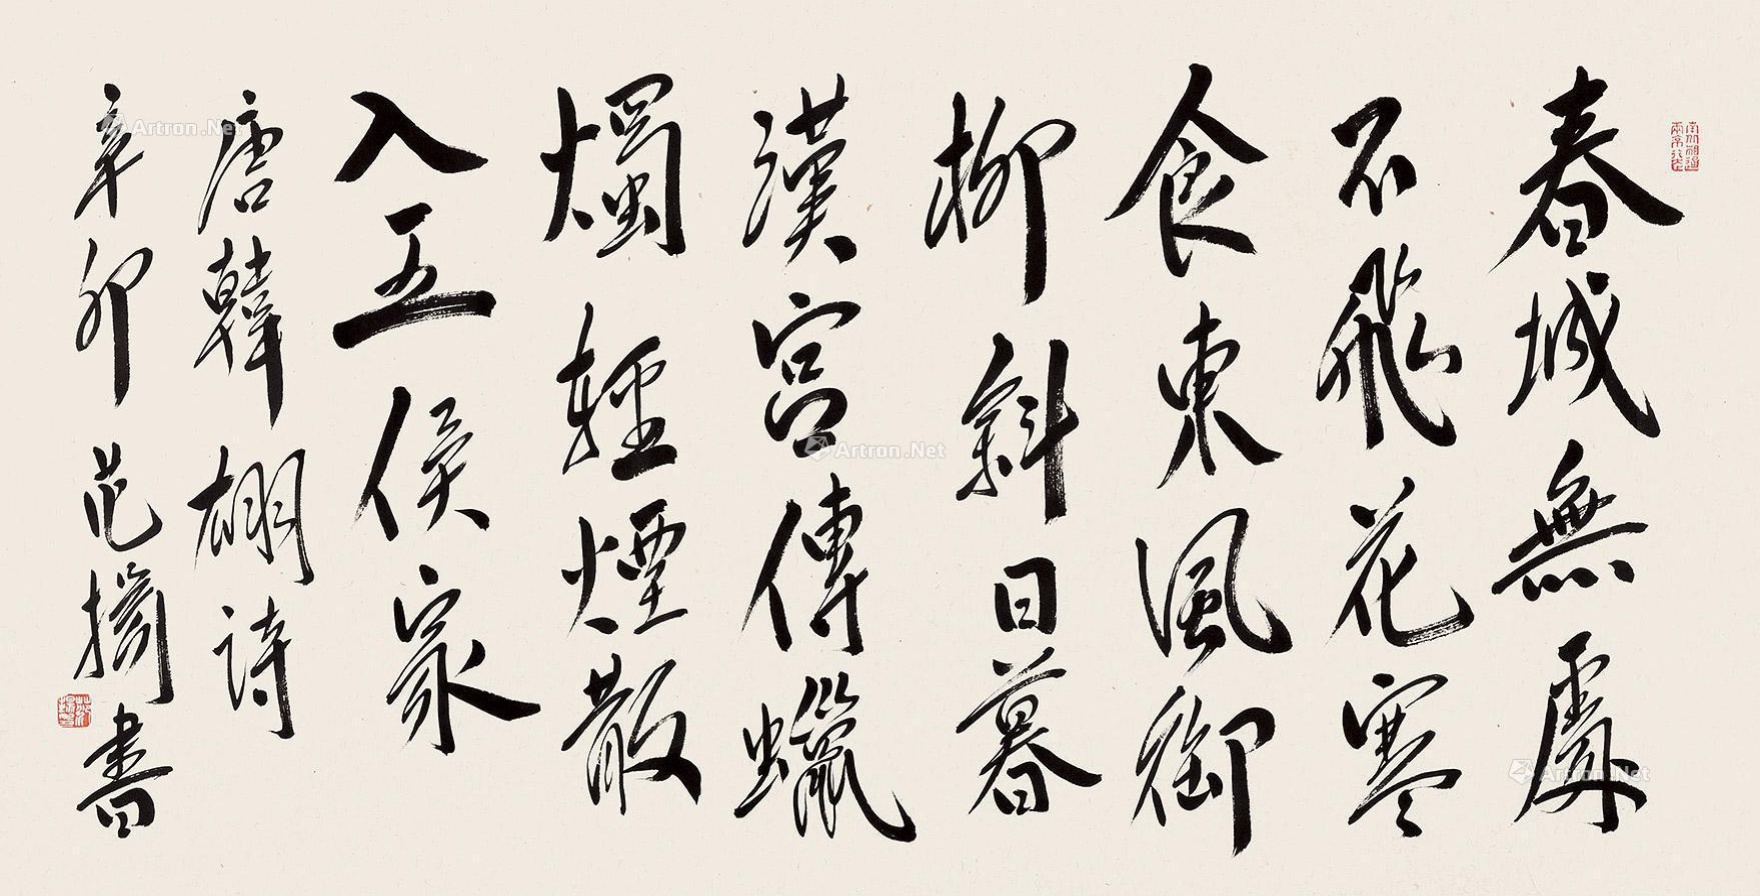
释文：春城无处不飞花寒食东风御柳斜日暮汉宫传蜡烛轻烟散入五侯家唐韩翃诗辛卯范扬书